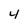
Character: 4